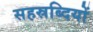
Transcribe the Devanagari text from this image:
सहस्रब्दियों